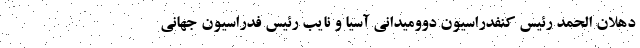
دهلان الحمد رئیس کنفدراسیون دوومیدانی آسیا و نایب رئیس فدراسیون جهانی